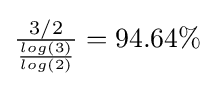
{\textstyle {\frac {3/2}{\frac {log(3)}{log(2)}}}=94.64\%}